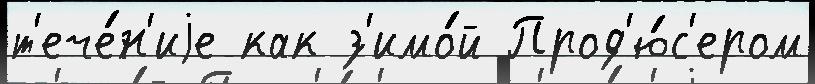
т'ече́н'иjе как з'имо́й Прод'ю́с'ером